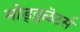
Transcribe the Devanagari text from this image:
मोड्य़ुळॆटर्स